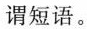
谓短语。